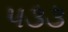
૫૩૩